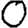
Digit: 0